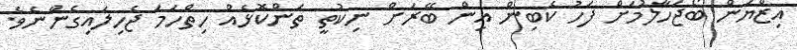
އިޒްޔަން ބޯޖަހާލުމަށް ފަހު ކެބިން އިން ބޭރަށް ނިކުތީ ތަންކޮޅެއް ހިތްހަމަ ޖެހިލައިގެންނެވެ.